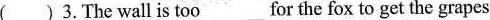
( )3.The wall is too___for the fox to get the grapes.